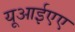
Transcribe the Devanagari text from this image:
यूआईएए